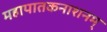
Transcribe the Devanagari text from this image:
महापातकनाशनम्‌